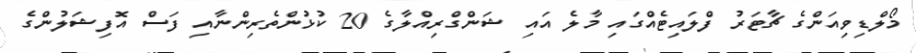
މޯލްޑިވިއަންގެ ޗާޓަރު ފްލައިޓެއްގައި މާލެ އައި ޝަންގްރިއްލާގެ 20 ކުޅުންތެރިންނާއި ފަސް އޮފިޝަލުންގެ